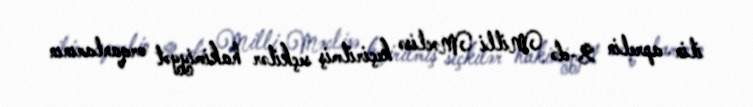
ilin aprelin 2-də Milli Məclisə keçirilmiş seçkilər hakimiyyət orqanlarının